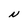
Character: N